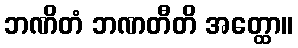
ဘဏိတံ ဘဏတီတိ အတ္ထော။